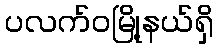
ပလက်ဝမြို့နယ်ရှိ